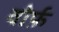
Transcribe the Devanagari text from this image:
वोर्फ़